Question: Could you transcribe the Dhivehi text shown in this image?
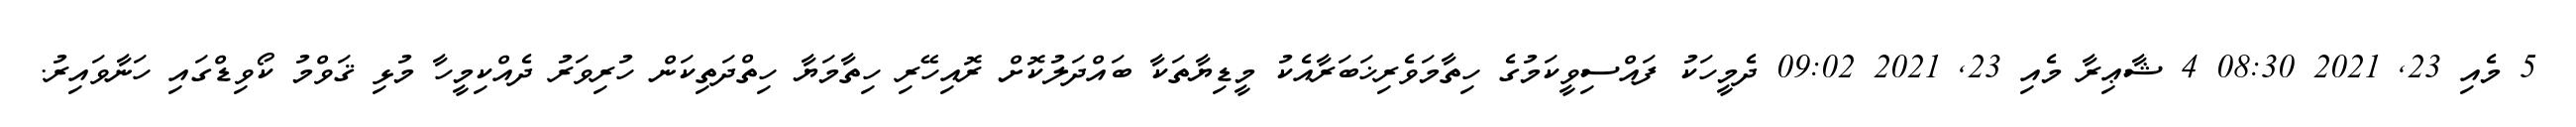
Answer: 5 މެއި 23, 2021 08:30 4 ޝާޢިރާ މެއި 23, 2021 09:02 ދެމީހަކު ފައްސިވީކަމުގެ ހިތާމަވެރިޚަބަރާއެކު މީޑިޔާތަކާ ބައްދަލުކޮށް ރޮއިހޭރި ހިތާމަޔާ ހިތްދަތިކަން ހުރިވަރު ދެއްކިމީހާ މުޅި ޤަވްމު ކޯވިޑްގައި ހަނާވައިރު.